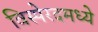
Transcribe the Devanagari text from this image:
विस्पेरदमध्ये